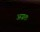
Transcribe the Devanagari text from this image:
अग्रतः